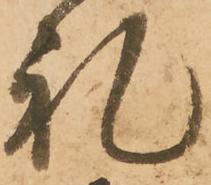
礼